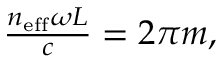
\begin{array} { r } { \frac { n _ { \mathrm { e f f } } \omega L } { c } = 2 \pi m , } \end{array}